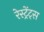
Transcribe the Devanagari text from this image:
रेस्ट्रेंट्स